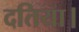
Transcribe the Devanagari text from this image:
दतिया।